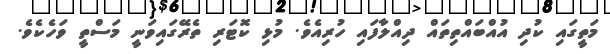
މަތީގައި ކުދި އުއްބައްތިތައް ދިއްލާފައި ހުރިއެވެ. މުޅި ކޮޓަރި ތެރޭގައިވަނީ މަސްތީ ވަހެކެވެ.